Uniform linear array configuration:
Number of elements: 64
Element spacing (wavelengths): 1
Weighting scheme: exponential
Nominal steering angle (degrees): -30
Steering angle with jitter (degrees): -30.708
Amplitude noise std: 0.05
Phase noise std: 0.05

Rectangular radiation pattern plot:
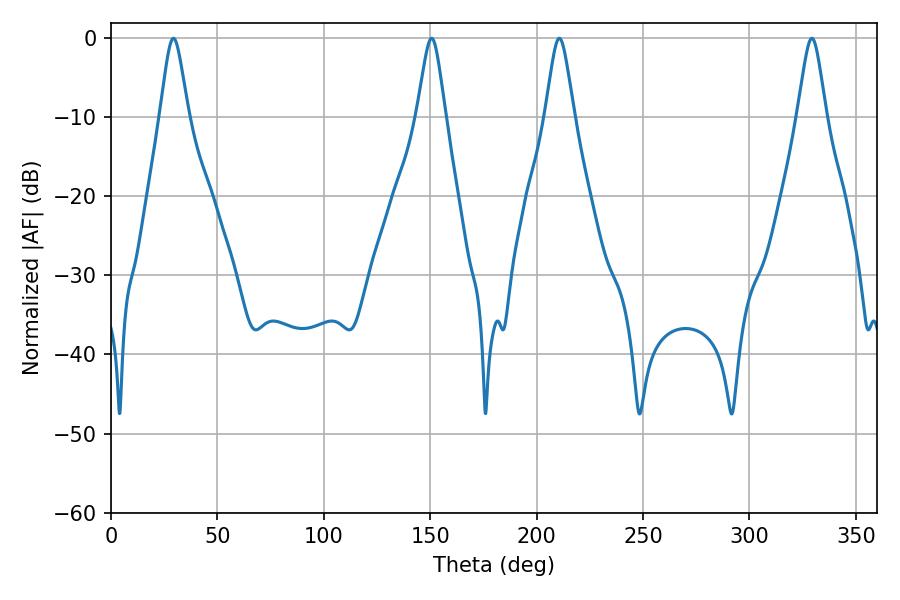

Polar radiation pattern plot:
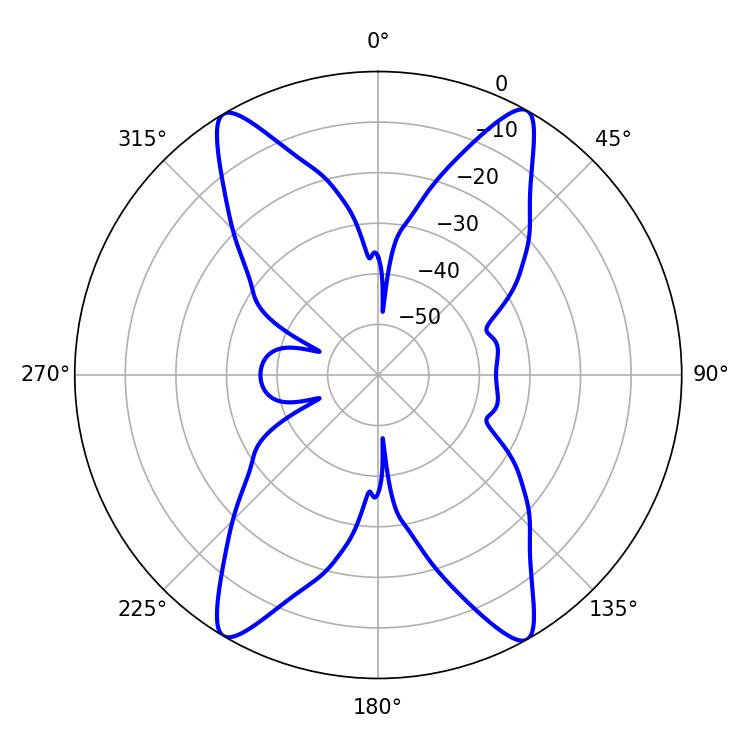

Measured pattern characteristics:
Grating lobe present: TRUE
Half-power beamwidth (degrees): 6.3
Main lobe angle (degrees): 29.34